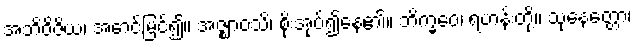
အဘိဝိဇိယ၊ အောင်မြင်၍။ အဇ္ဈာဝသိ၊ စိုးအုပ်၍နေ၏။ ဘိက္ခဝေ၊ ရဟန်းတို့။ သုနေတ္တော၊